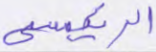
الرئيسي